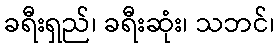
ခရီးရှည်၊ ခရီးဆုံး၊ သဘင်၊